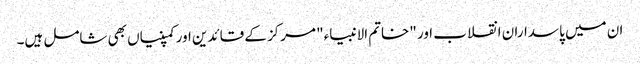
ان میں پاسداران انقلاب اور "خاتم الانبیاء" مرکز کے قائدین اور کمپنیاں بھی شامل ہیں۔